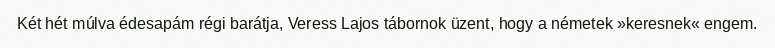
Két hét múlva édesapám régi barátja, Veress Lajos tábornok üzent, hogy a németek »keresnek« engem.